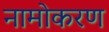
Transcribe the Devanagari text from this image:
नामोकरण